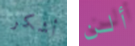
أشكر ألن